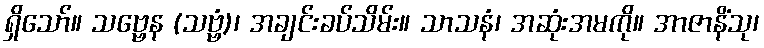
ရှိသော်။ သဗ္ဗေန (သဗ္ဗံ)၊ အချင်းခပ်သိမ်း။ သာသနံ၊ အဆုံးအမကို။ အာဇာနိံသု၊